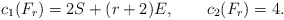
\begin{align*}c_1(F_r)=2S + (r+2) E, \qquad c_2(F_r)=4.\end{align*}